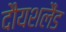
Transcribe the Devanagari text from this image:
दौयशलैंड